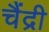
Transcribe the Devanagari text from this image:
चैंद्री